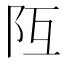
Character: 𨸧